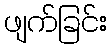
ဖျက်ခြင်း